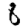
Digit: 8